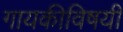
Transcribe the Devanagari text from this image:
गायकीविषयी